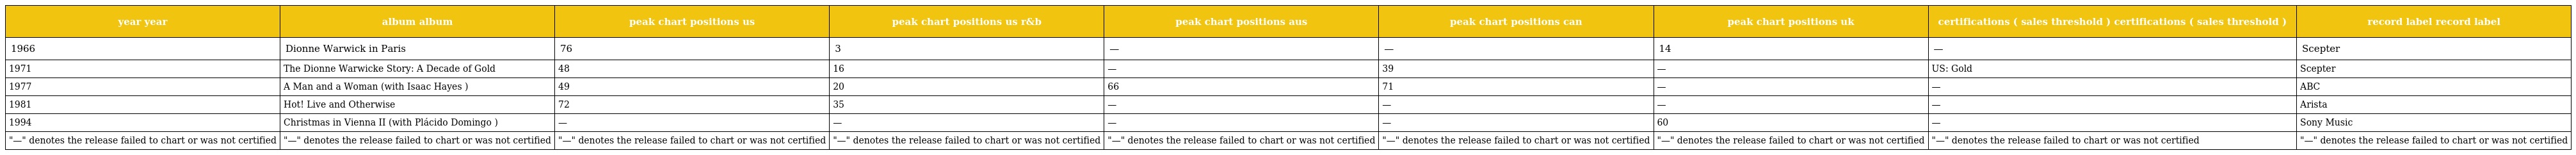
| year year | album album | peak chart positions us | peak chart positions us r&b | peak chart positions aus | peak chart positions can | peak chart positions uk | certifications ( sales threshold ) certifications ( sales threshold ) | record label record label |
 | --- | --- | --- | --- | --- | --- | --- | --- | --- |
 | 1966 | Dionne Warwick in Paris | 76 | 3 | — | — | 14 | — | Scepter |
 | 1971 | The Dionne Warwicke Story: A Decade of Gold | 48 | 16 | — | 39 | — | US: Gold | Scepter |
 | 1977 | A Man and a Woman (with Isaac Hayes ) | 49 | 20 | 66 | 71 | — | — | ABC |
 | 1981 | Hot! Live and Otherwise | 72 | 35 | — | — | — | — | Arista |
 | 1994 | Christmas in Vienna II (with Plácido Domingo ) | — | — | — | — | 60 | — | Sony Music |
 | "—" denotes the release failed to chart or was not certified | "—" denotes the release failed to chart or was not certified | "—" denotes the release failed to chart or was not certified | "—" denotes the release failed to chart or was not certified | "—" denotes the release failed to chart or was not certified | "—" denotes the release failed to chart or was not certified | "—" denotes the release failed to chart or was not certified | "—" denotes the release failed to chart or was not certified | "—" denotes the release failed to chart or was not certified |